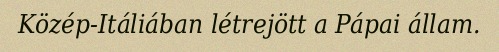
Közép-Itáliában létrejött a Pápai állam.